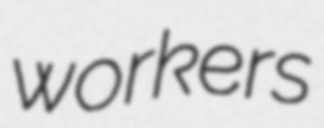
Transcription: workers